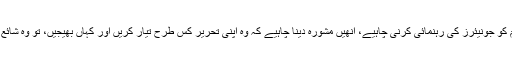
سینیئر اہل قلم کو جونیئرز کی رہنمائی کرنی چاہیے، انھیں مشورہ دینا چاہیے کہ وہ اپنی تحریر کس طرح تیار کریں اور کہاں بھیجیں، تو وہ شائع ہوجائے گی۔